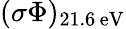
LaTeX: (\sigma\Phi)_{\mathrm{21.6\, eV}}